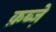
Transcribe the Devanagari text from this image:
क़ब्जे़